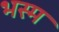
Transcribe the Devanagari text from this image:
भस्‍म